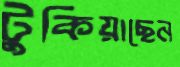
টুকিয়াছেন